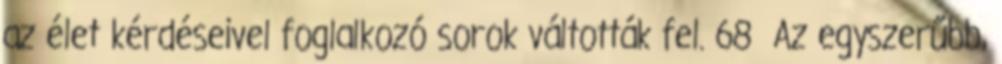
az élet kérdéseivel foglalkozó sorok váltották fel. 68 Az egyszerűbb,